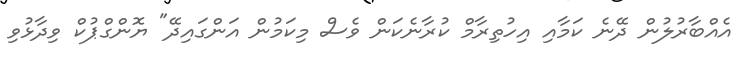
އެއްބާރުލުން ދޭނެ ކަމާއި އިހުތިރާމް ކުރާނެކަން ވެސް މިކަމުން އަންގައިދޭ" ޔޮންގްޕުކް ވިދާޅުވި